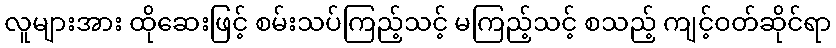
လူများအား ထိုဆေးဖြင့် စမ်းသပ်ကြည့်သင့် မကြည့်သင့် စသည့် ကျင့်ဝတ်ဆိုင်ရာ